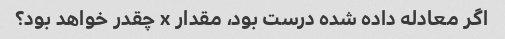
اگر معادله داده شده درست بود، مقدار x چقدر خواهد بود؟